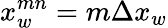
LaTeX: x_{w}^{mn}=m\Delta x_{w}